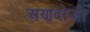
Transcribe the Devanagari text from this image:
अणदोजी